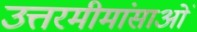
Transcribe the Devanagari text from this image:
उत्तरमीमांसाओं